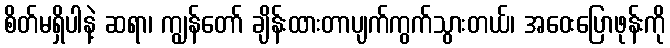
စိတ်မရှိပါနဲ့ ဆရာ၊ ကျွန်တော် ချိန်းထားတာပျက်ကွက်သွားတယ်၊ အဝေးပြောဖုန်းကို